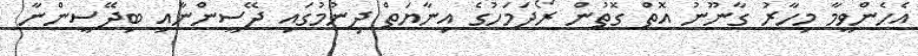
އެހެންވީމާ މިހާރު ގާނޫނު އޮތް ގޮތުން ރޯދަމަހުގެ އިނާޔަތް ދިނުމުގައި ދޭސީންނާއި ބިދޭސީންނާ